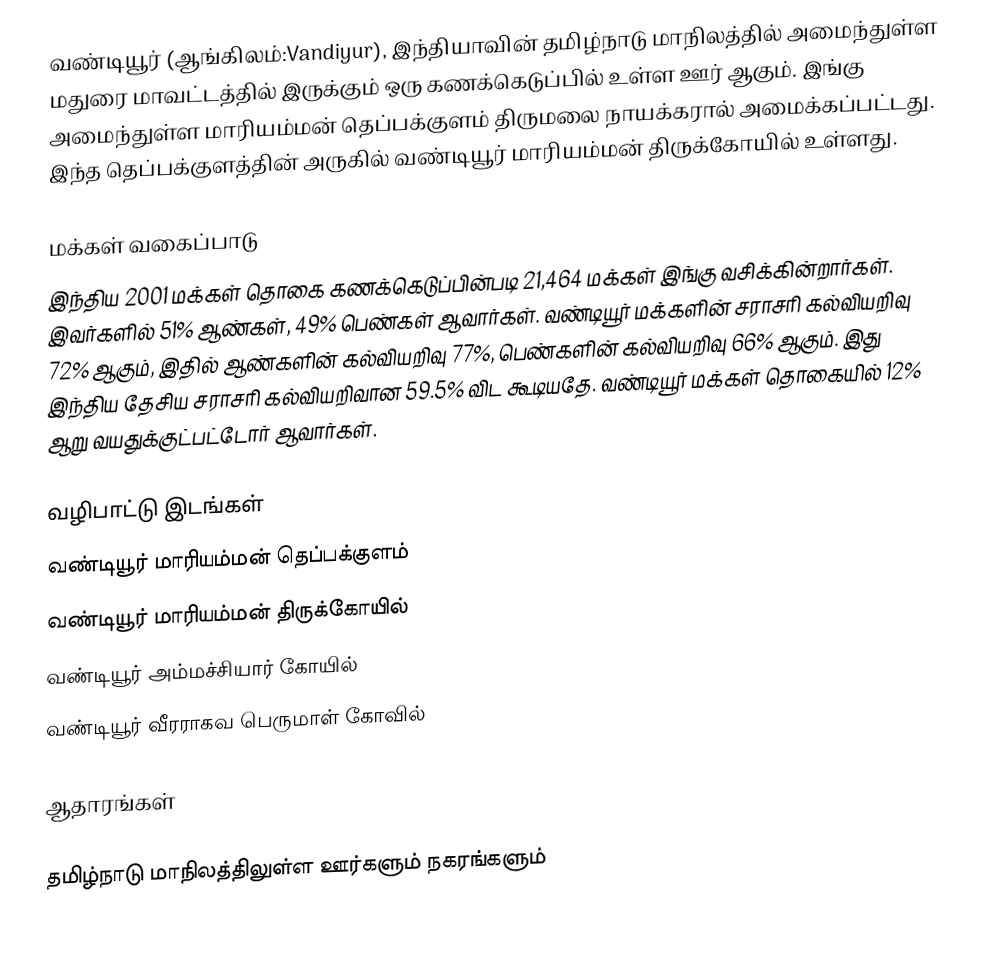
வண்டியூர் (ஆங்கிலம்:Vandiyur), இந்தியாவின் தமிழ்நாடு மாநிலத்தில் அமைந்துள்ள மதுரை மாவட்டத்தில் இருக்கும் ஒரு கணக்கெடுப்பில் உள்ள ஊர்  ஆகும். இங்கு அமைந்துள்ள மாரியம்மன் தெப்பக்குளம் திருமலை நாயக்கரால் அமைக்கப்பட்டது. இந்த தெப்பக்குளத்தின் அருகில் வண்டியூர் மாரியம்மன் திருக்கோயில் உள்ளது.

மக்கள் வகைப்பாடு
இந்திய 2001 மக்கள் தொகை கணக்கெடுப்பின்படி 21,464 மக்கள் இங்கு வசிக்கின்றார்கள். இவர்களில் 51% ஆண்கள், 49% பெண்கள் ஆவார்கள். வண்டியூர் மக்களின் சராசரி கல்வியறிவு 72% ஆகும்,  இதில் ஆண்களின் கல்வியறிவு 77%,  பெண்களின் கல்வியறிவு 66% ஆகும். இது இந்திய தேசிய சராசரி கல்வியறிவான 59.5% விட கூடியதே. வண்டியூர் மக்கள் தொகையில் 12%  ஆறு வயதுக்குட்பட்டோர் ஆவார்கள்.

வழிபாட்டு இடங்கள்
 வண்டியூர் மாரியம்மன் தெப்பக்குளம்
 வண்டியூர் மாரியம்மன் திருக்கோயில்
 வண்டியூர் அம்மச்சியார் கோயில்
 வண்டியூர் வீரராகவ பெருமாள் கோவில்

ஆதாரங்கள்

தமிழ்நாடு மாநிலத்திலுள்ள ஊர்களும் நகரங்களும்